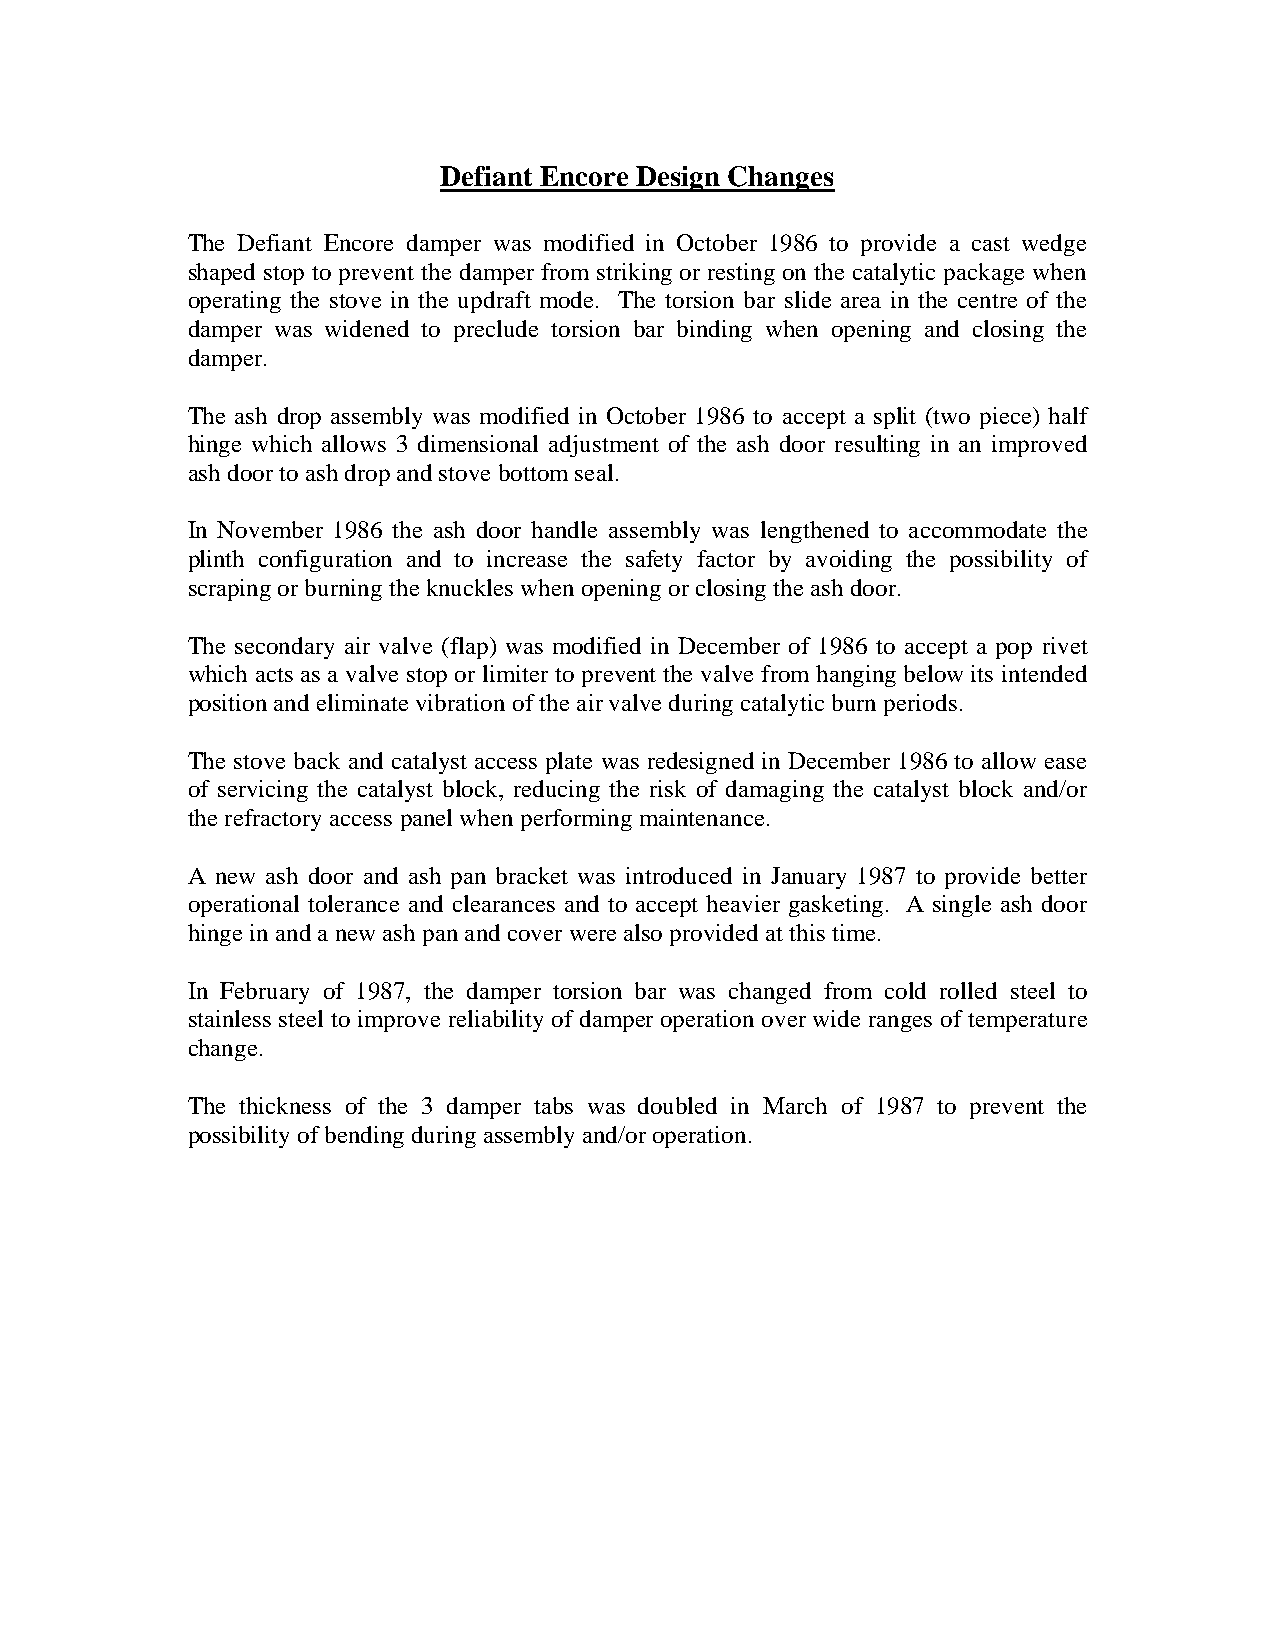
Defiant Encore Design Changes
 The Defiant Encore damper was modified in October 1986 to provide a cast wedge
 shaped stop to prevent the damper from striking or resting on the catalytic package when
 operating the stove in the updraft mode. The torsion bar slide area in the centre of the
 damper was widened to preclude torsion bar binding when opening and closing the
 damper.
 The ash drop assembly was modified in October 1986 to accept a split (two piece) half
 hinge which allows 3 dimensional adjustment of the ash door resulting in an improved
 ash door to ash drop and stove bottom seal.
 In November 1986 the ash door handle assembly was lengthened to accommodate the
 plinth configuration and to increase the safety factor by avoiding the possibility of
 scraping or burning the knuckles when opening or closing the ash door.
 The secondary air valve (flap) was modified in December of 1986 to accept a pop rivet
 which acts as a valve stop or limiter to prevent the valve from hanging below its intended
 position and eliminate vibration of the air valve during catalytic burn periods.
 The stove back and catalyst access plate was redesigned in December 1986 to allow ease
 of servicing the catalyst block, reducing the risk of damaging the catalyst block and/or
 the refractory access panel when performing maintenance.
 A new ash door and ash pan bracket was introduced in January 1987 to provide better
 operational tolerance and clearances and to accept heavier gasketing. A single ash door
 hinge in and a new ash pan and cover were also provided at this time.
 In February of 1987, the damper torsion bar was changed from cold rolled steel to
 stainless steel to improve reliability of damper operation over wide ranges of temperature
 change.
 The thickness of the 3 damper tabs was doubled in March of 1987 to prevent the
 possibility of bending during assembly and/or operation.